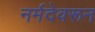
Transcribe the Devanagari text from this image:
नर्मदेवरून